Civil Veterinary Department Bihar reports 1936-40 - 1936-1940
Year: 1936
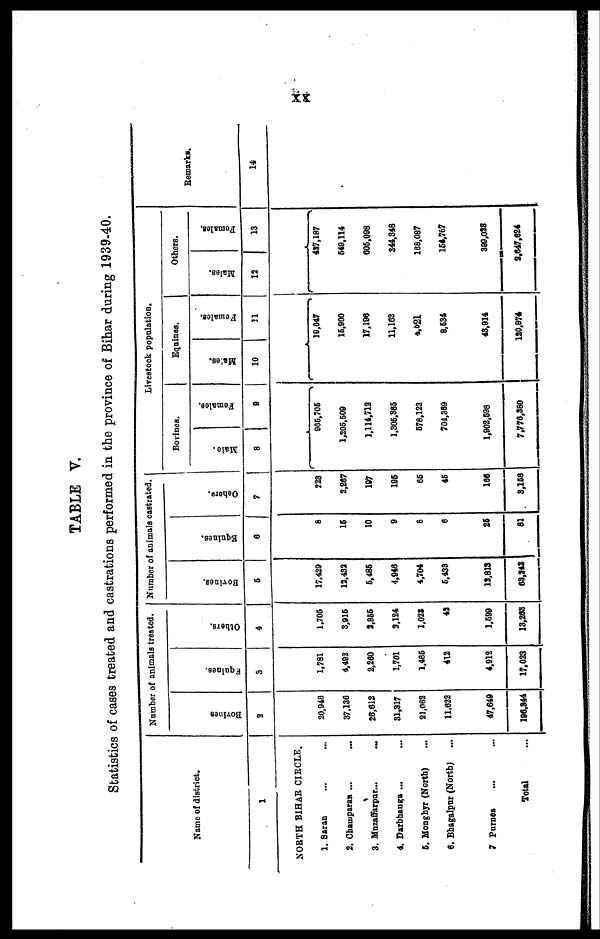
xx
TABLE V.
Statistics of cases treated and castrations performed in the province of Bihar during 1939-40.
Name of district.
1
NORTH BIHAR CIRCLE.
1. Saran ... ...
2. Champaran ... ...
3. Muzaffarpur... ...
4. Darbhanga ... ...
6. Mongbyr (North) ...
6. Bhagalpur (North)
...
7 Purnea ... ...
Total ...
Number of animals treated.
Boyines
2
20,946
37,136
26,612
31,317
21,062
11,622
47,649
196,344
Equi nes .
3
1,781
4,492
2,260
1,701
1,465
412
4,912
17,023
Ot hers .
4
1,706
3,916
3,855
9,124
1,023
43
1,599
13,263
Number of animals castrated.
Bovi ne s .
5
17.429
12,432
5,485
4,946
4,704
5,433
13,813
63,242
Equines.
6
7
15
10
9
8
6
25
81
Ot he r s .
7
223
2,267
197
195
56
45
166
3,158
Livestock population.
Bovines.
Male.
8
Females.
9
965,706
1,205,509
1,114,712
1,305,365
578,122
704,369
1,902,598
7,776,380
Equines.
Males.
10
Females.
11
19,647
15,900
17,196
11,162
4,621
8,534
43,914
120,874
Others.
Males.
12
Females.
13
437,187
549,114
605,098
344,348
168,087
154,767
399,023
2,647,624
Remarks.
14